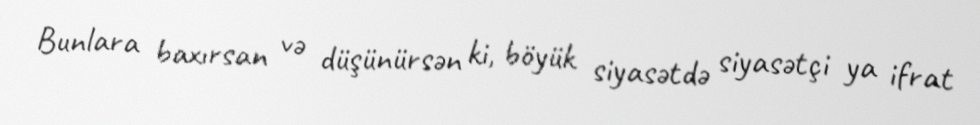
Bunlara baxırsan və düşünürsən ki, böyük siyasətdə siyasətçi ya ifrat